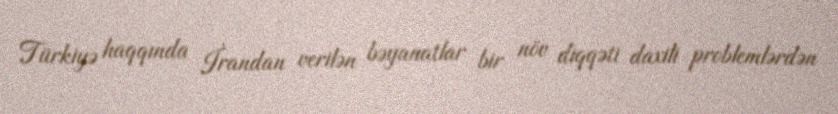
Türkiyə haqqında İrandan verilən bəyanatlar bir növ diqqəti daxili problemlərdən